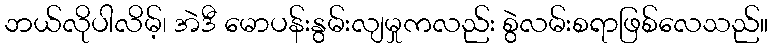
ဘယ်လိုပါလိမ့်၊ အဲဒီ မောပန်းနွမ်းလျမှုကလည်း စွဲလမ်းစရာဖြစ်လေသည်။